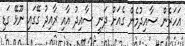
އަހަރެން ސާއިދުމެން ގެއަށް ދަނީ ސާއިދު އާއި ރާއިދު ގޭގައި ނޫޅޭ ގަޑި